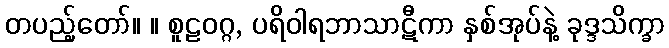
တပည့်တော်။ ။ စူဠဝဂ္ဂ, ပရိဝါရဘာသာဋီကာ နှစ်အုပ်နဲ့ ခုဒ္ဒသိက္ခာ